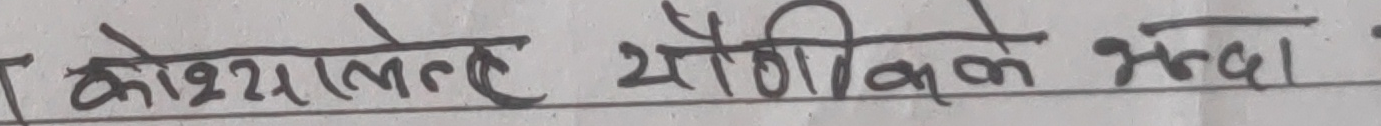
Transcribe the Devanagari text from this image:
कोश्यास्तटह योगिकके भेदा